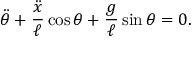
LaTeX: { \ddot { \theta } } + { \frac { \ddot { x } } { \ell } } \cos \theta + { \frac { g } { \ell } } \sin \theta = 0 .